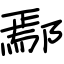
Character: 鄢